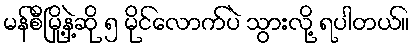
မန်စီမြို့နဲ့ဆို ၅ မိုင်လောက်ပဲ သွားလို့ ရပါတယ်။